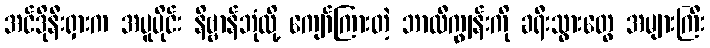
အင်ဒိုနီးရှားက အပူပိုင်း နိဗ္ဗာန်ဘုံလို့ ကျော်ကြားတဲ့ ဘာလီကျွန်းကို ခရီးသွားတွေ အများကြီး